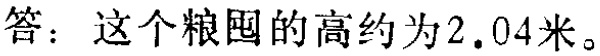
答：这个粮囤的高约为\(2.04\)米。